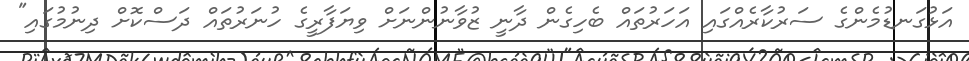
އަޅުގަނޑުމެންގެ ސަރުކާރެއްގައި އަހަރުތައް ބެހިގެން ދާނީ ޒުވާނުންނަށް ވިޔަފާރީގެ ހުނަރުތައް ދަސްކޮށް ދިނުމުގައި"